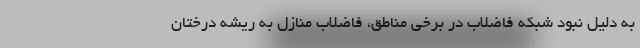
به دلیل نبود شبکه فاضلاب در برخی مناطق، فاضلاب منازل به ریشه درختان